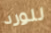
للورد